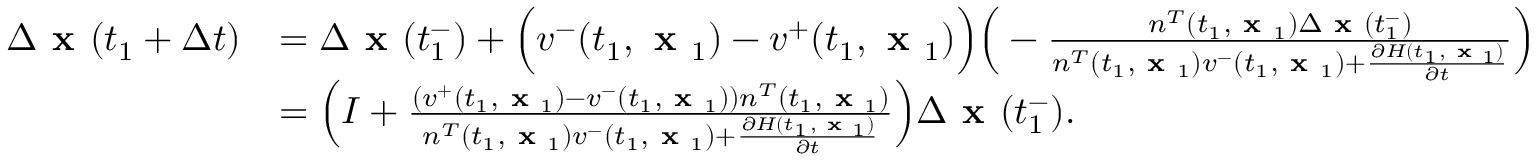
\begin{array} { r l } { \Delta \textbf { x } ( t _ { 1 } + \Delta t ) } & { = \Delta \textbf { x } ( t _ { 1 } ^ { - } ) + \Big ( v ^ { - } ( t _ { 1 } , \textbf { x } _ { 1 } ) - v ^ { + } ( t _ { 1 } , \textbf { x } _ { 1 } ) \Big ) \Big ( - \frac { n ^ { T } ( t _ { 1 } , \textbf { x } _ { 1 } ) \Delta \textbf { x } ( t _ { 1 } ^ { - } ) } { n ^ { T } ( t _ { 1 } , \textbf { x } _ { 1 } ) v ^ { - } ( t _ { 1 } , \textbf { x } _ { 1 } ) + \frac { \partial H ( t _ { 1 } , \textbf { x } _ { 1 } ) } { \partial t } } \Big ) } \\ & { = \Big ( I + \frac { ( v ^ { + } ( t _ { 1 } , \textbf { x } _ { 1 } ) - v ^ { - } ( t _ { 1 } , \textbf { x } _ { 1 } ) ) n ^ { T } ( t _ { 1 } , \textbf { x } _ { 1 } ) } { n ^ { T } ( t _ { 1 } , \textbf { x } _ { 1 } ) v ^ { - } ( t _ { 1 } , \textbf { x } _ { 1 } ) + \frac { \partial H ( t _ { 1 } , \textbf { x } _ { 1 } ) } { \partial t } } \Big ) \Delta \textbf { x } ( t _ { 1 } ^ { - } ) . } \end{array}